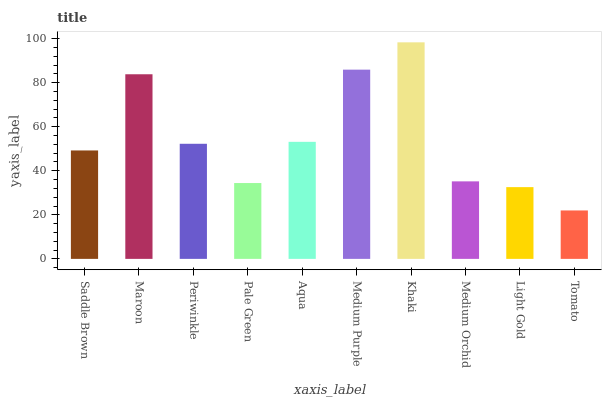
| xaxis_label | bars |
 | --- | --- |
 | Saddle Brown | 49.2 |
 | Maroon | 83.8 |
 | Periwinkle | 52.2 |
 | Pale Green | 34.4 |
 | Aqua | 53.1 |
 | Medium Purple | 85.9 |
 | Khaki | 98.3 |
 | Medium Orchid | 35.2 |
 | Light Gold | 32.6 |
 | Tomato | 22 |